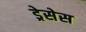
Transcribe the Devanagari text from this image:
ड्रेसेस